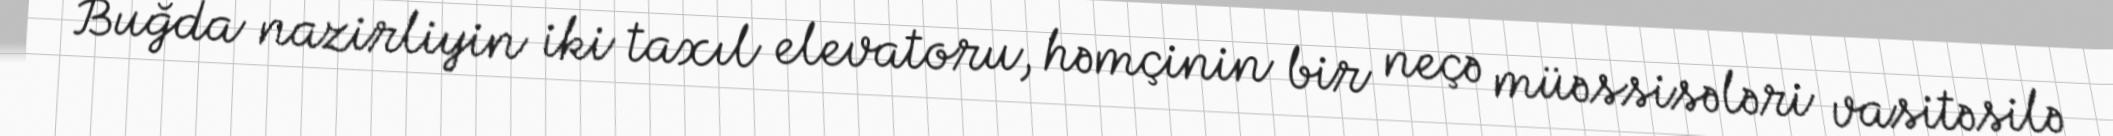
Buğda nazirliyin iki taxıl elevatoru, həmçinin bir neçə müəssisələri vasitəsilə